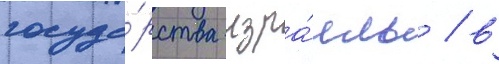
госуда́рства изра́иль / в